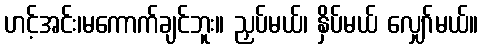
ဟင့်အင်း၊မကောက်ချင်ဘူး။ ညှပ်မယ်၊ နှိပ်မယ် လျှော်မယ်။